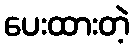
ပေးထားတဲ့